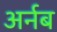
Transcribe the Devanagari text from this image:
अर्नब